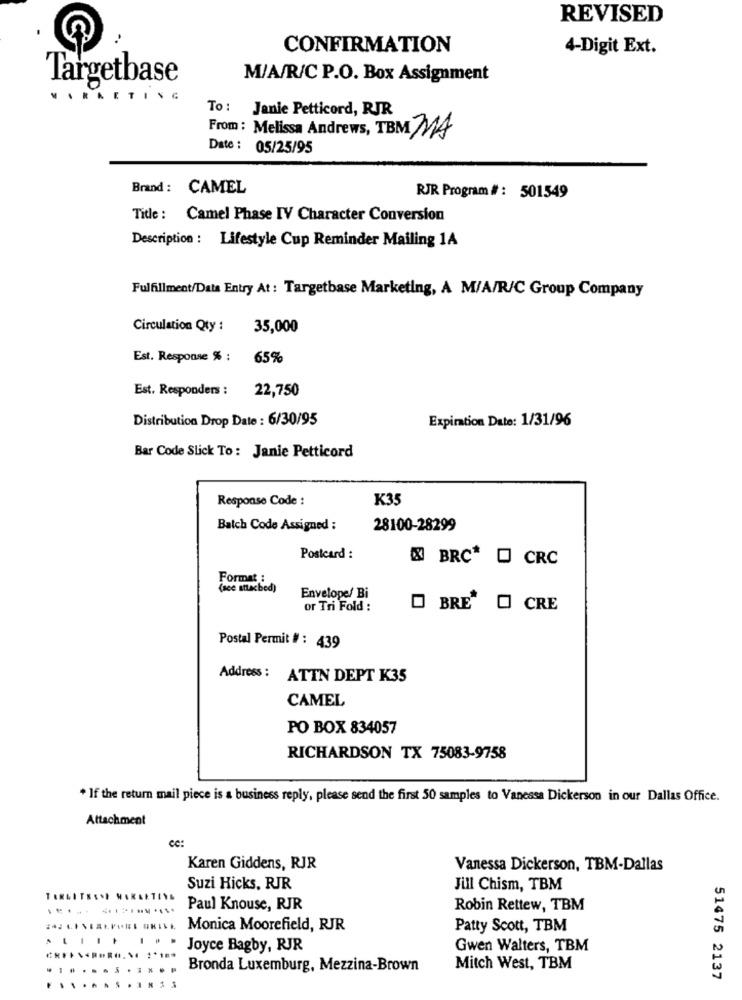
REVISED
CONFIRMATION
4-Digit Ext.
Targetbase
M/A/R/C P.O. Box Assignment
. ..
To : Janie Petticord, RJR
From: Melissa Andrews, TBM MA
Date : 05/25/95
Brand: CAMEL
RJR Program # : 501549
Title : Camel Phase IV Character Conversion
Description : Lifestyle Cup Reminder Mailing 1A
Fulfillment/Data Entry At : Targetbase Marketing, A M/A/R/C Group Company
Circulation Qty :
35,000
Est. Response % ;
65%
Est. Responders :
22,750
Distribution Drop Date : 6/30/95
Expiration Date: 1/31/96
Bar Code Slick To : Janie Petticord
Response Code :
K35
Batch Code Assigned :
28100-28299
Postcard :
X BRC* D CRC
Format :
(see attached)
Envelope/ Bi
or Tri Fold :
BRE
O CRE
Postal Permit # : 439
Address : ATTN DEPT K35
CAMEL
PO BOX 834057
RICHARDSON TX 75083-9758
* If the return mail piece is a business reply, please send the first 50 samples to Vanessa Dickerson in our Dallas Office.
Attachment
ce:
Karen Giddens, RJR
Vanessa Dickerson, TBM-Dallas
Suzi Hicks, RJR
Jill Chism, TBM
.... ....... ....
Paul Knouse, RJR
Robin Rettew, TBM
Monica Moorefield, RJR
Patty Scott, TBM
. .... .. . Joyce Bagby, RJR
Gwen Walters, TBM
...
Bronda Luxemburg, Mezzina-Brown
Mitch West, TBM
51475 2137
...